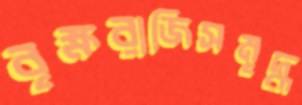
বৃক্ষরাজিসমৃদ্ধ